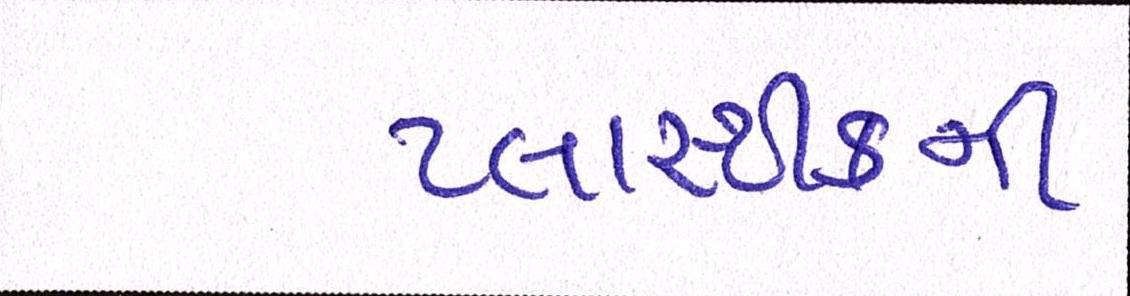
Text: પ્લાસ્ટીકની